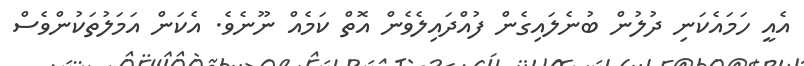
އެއީ ހަމައެކަނި ދުލުން ބުނެލައިގެން ފުއްދައިލެވެން އޮތް ކަމެއް ނޫނެވެ. އެކަން އަމަލުތަކުންވެސް